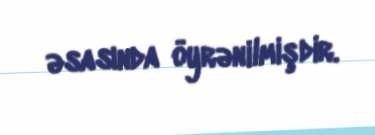
əsasında öyrənilmişdir.